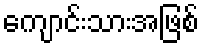
ကျောင်းသားအဖြစ်